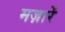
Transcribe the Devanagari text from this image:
मज़ारें